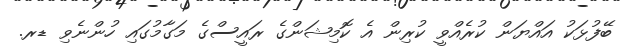
ބޭފުޅަކު އައްޔަން ކުރެއްވީ ކުރިން އެ ކޮމިޝަންގެ ރައީސްގެ މަގާމުގައި ހުންނެވި ޑރ.